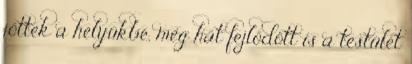
jöttek a helyükbe, meg hát fejlődött is a testület